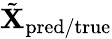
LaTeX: \tilde{\mathbf{X}}_{\mathrm{pred/true}}